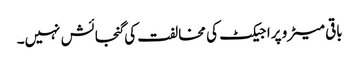
باقی میٹرو پراجیکٹ کی مخالفت کی گنجائش نہیں۔